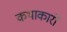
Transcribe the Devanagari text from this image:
कथाकारों